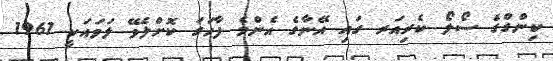
ކިންގްގެ ސޯލޯ ކެރިއަރ ގައި އޭނާގެ އެންމެ ފާހަގަ ކޮށްލެވޭ ލަވައަކީ 1961